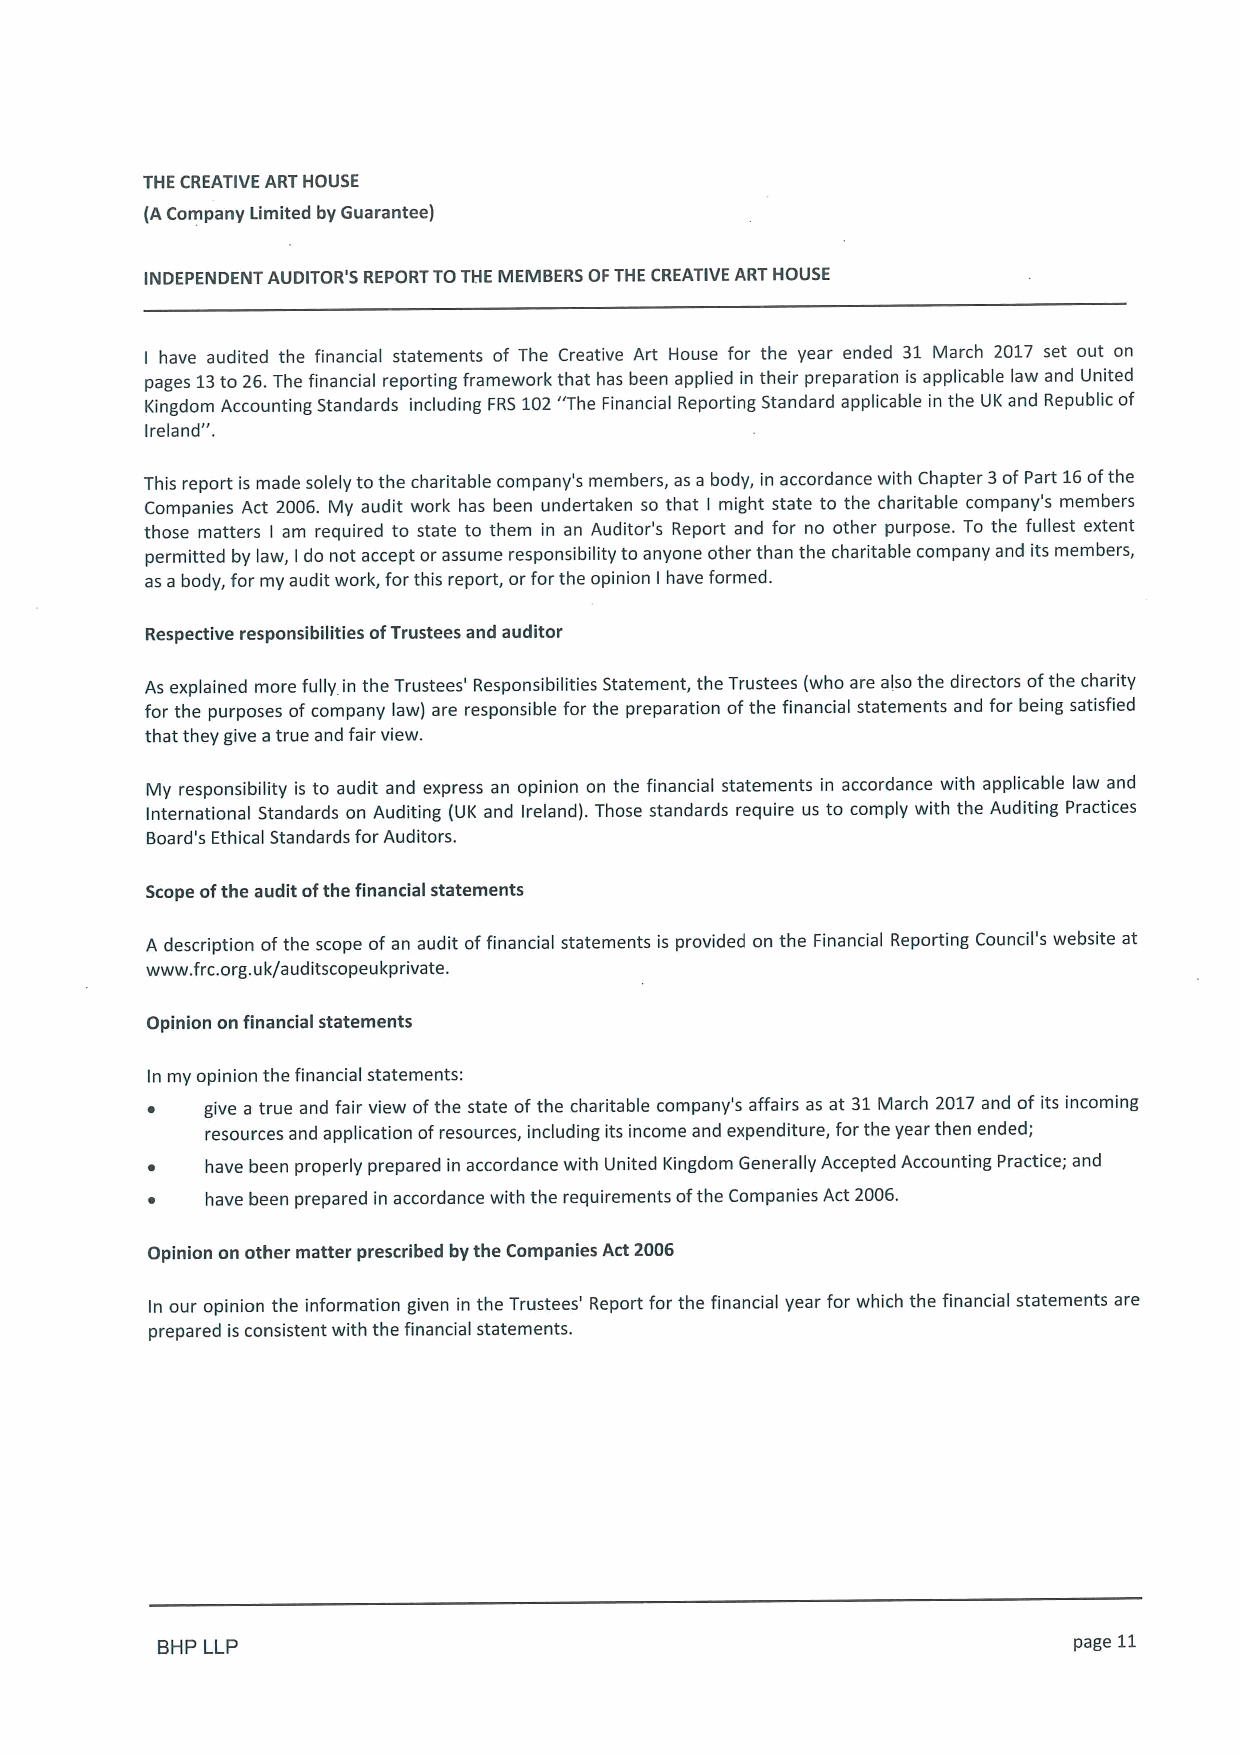
THE CREATIVE ART HOUSE
 (ACompany Limited by Guarantee)
 INDEPENDENT AUDITOR'S REPORTTOTHE MEMBERS OFTHE CREATIVE ART HOUSE
 have audited the financial statements of The Creative Art House for the year ended 31 March 2017 set out on
 I
 pages 13to 26.The financial reporting framework that has been applied in their preparation is applicable law and United
 Kingdom Accounting Standards including FRS102"The Financial Reporting Standard applicable in the UK and Republic of
 Ireland".
 This report is made solely to the charitable company's members, as a body, in accordance with Chapter 3ofPart 16ofthe
 Companies Act 2006. My audit work has been undertaken so that I might state to the charitable company's members
 those matters I am required to state to them in an Auditor's Report and for no other purpose. To the fullest extent
 permitted by law, Ido not accept or assume responsibility to anyone other than the charitable company and its members,
 as a body, for my audit work, for this report, orforthe opinion I have formed.
 Respective responsibilities ofTrustees and auditor
 As explained more fully in the Trustees' Responsibilities Statement, the Trustees (who are also the directors ofthe charity
 for the purposes ofcompany law) are responsible for the preparation ofthe financial statements and for being satisfied
 that they give atrue and fair view.
 My responsibility is to audit and express an opinion on the financial statements in accordance with applicable law and
 International Standards on Auditing (UK and Ireland). Those standards require us to comply with the Auditing Practices
 Board's Ethical Standards for Auditors.
 Scope ofthe audit ofthe financial statements
 A description ofthe scope of an audit offinancial statements is provided on the Financial Reporting Council's website at
 www. frc.org.uk/auditscopeukprivate.
 Opinion on financial statements
 In my opinion the financial statements:
 ~   give a true and fair view ofthe state ofthe charitable company's affairs as at 31March 2017and of its incoming
 resources and application ofresources, including its income and expenditure, for the year then ended;
 ~   have been properly prepared in accordance with United Kingdom Generally Accepted Accounting Practice; and
 ~   have been prepared in accordance with the requirements ofthe Companies Act 2006.
 Opinion on other matter prescribed by the Companies Act 2006
 In our opinion the information given in the Trustees' Report for the financial year for which the financial statements are
 prepared is consistent with the financial statements.
 BHP LLP                                                      page 11